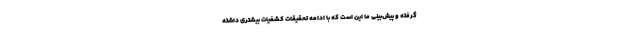
گرفته و پیش‌بینی ما این است که با ادامه تحقیقات کشفیات بیشتری داشته